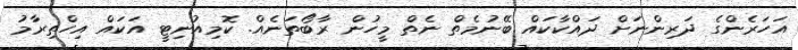
އަހަރެންގެ ދަރިންނަށް ދައްކާކައް ބޭނުމެތް ނެތް މީހުން ރާބޯތަނެއް. ކޮމިއުނިޓީ އަކައް އިހްތިރާމު